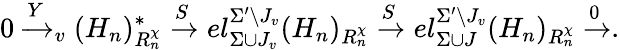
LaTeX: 0\xrightarrow[]Y_{v}(H_{n})_{R_{n}^{\chi}}^{\ast}\xrightarrow[]Sel_{\Sigma\cup J_{v}}^{\Sigma^{\prime}\setminus J_{v}}(H_{n})_{R_{n}^{\chi}}\xrightarrow[]Sel_{\Sigma\cup J}^{\Sigma^{\prime}\setminus J_{v}}(H_{n})_{R_{n}^{\chi}}\xrightarrow[]0.